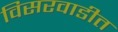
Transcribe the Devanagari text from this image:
विसरवाडीत